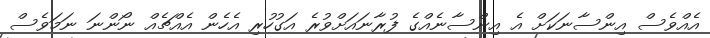
އެއްވެސް އިންސާނަކަށް އެ އިންސާނެއްގެ ފުރާނައަށްވުރެ އަގުހުރި އެހެން އެއްޗެއް ނޯންނަ ނަމަވެސް